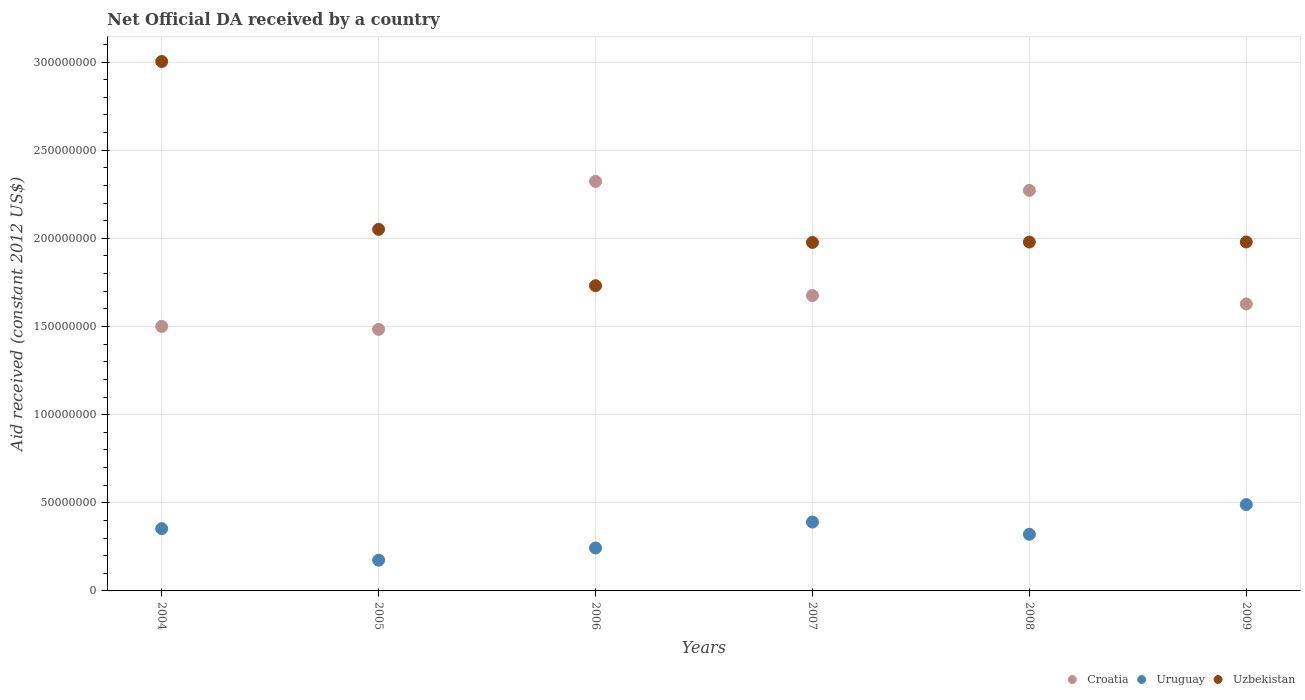
| Years | Croatia | Uruguay | Uzbekistan |
 | --- | --- | --- | --- |
 | 2004 | 1.5e+08 | 3.53e+07 | 3e+08 |
 | 2005 | 1.48e+08 | 1.74e+07 | 2.05e+08 |
 | 2006 | 2.32e+08 | 2.44e+07 | 1.73e+08 |
 | 2007 | 1.68e+08 | 3.91e+07 | 1.98e+08 |
 | 2008 | 2.27e+08 | 3.21e+07 | 1.98e+08 |
 | 2009 | 1.63e+08 | 4.9e+07 | 1.98e+08 |